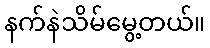
နက်နဲသိမ်မွေ့တယ်။